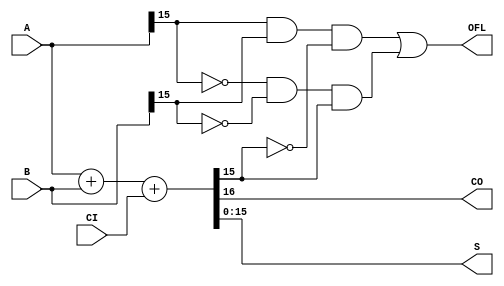
////////////////////////////////////////////////////////////////////////////////
// Copyright (c) 1995-2008 Xilinx, Inc.  All rights reserved.
////////////////////////////////////////////////////////////////////////////////
//   ____  ____ 
//  /   /\/   / 
// /___/  \  /    Vendor: Xilinx 
// \   \   \/     Version : 10.1.03
//  \   \         Application : sch2verilog
//  /   /         Filename : ADD48.vf
// /___/   /\     Timestamp : 03/20/2009 16:03:14
// \   \  /  \ 
//  \___\/\___\ 
//
//Command: C:\Xilinx\10.1\ISE\bin\nt\unwrapped\sch2verilog.exe -intstyle ise -family spartan3a -w F:/FPGA/AFG3000_0316_New/ADD48.sch ADD48.vf
//Design Name: ADD48
//Device: spartan3a
//Purpose:
//    This verilog netlist is translated from an ECS schematic.It can be 
//    synthesized and simulated, but it should not be modified. 
//
`timescale  100 ps / 10 ps

module ADD16_HXILINX_ADD48 (CO, OFL, S, A, B, CI);

   
   output 	       CO;
   output 	       OFL;
   output [15:0]       S;

   input  [15:0]       A;
   input  [15:0]       B;
   input               CI;


   assign   {CO, S} = A + B + CI;
   assign   OFL     = (A[15]&B[15]&(~S[15])) | ((~A[15])&(~B[15])&S[15]); 

endmodule
`timescale 1ns / 1ps

module ADD48(A, 
             B, 
             CI, 
             CO, 
             OFL, 
             S);

    input [47:0] A;
    input [47:0] B;
    input CI;
   output CO;
   output OFL;
   output [47:0] S;
   
   wire XLXN_11;
   wire XLXN_12;
   
   ADD16_HXILINX_ADD48 XLXI_1 (.A(A[15:0]), 
                               .B(B[15:0]), 
                               .CI(CI), 
                               .CO(XLXN_11), 
                               .OFL(), 
                               .S(S[15:0]));
   // synthesis attribute HU_SET of XLXI_1 is "XLXI_1_0"
   ADD16_HXILINX_ADD48 XLXI_2 (.A(A[31:16]), 
                               .B(B[31:16]), 
                               .CI(XLXN_11), 
                               .CO(XLXN_12), 
                               .OFL(), 
                               .S(S[31:16]));
   // synthesis attribute HU_SET of XLXI_2 is "XLXI_2_1"
   ADD16_HXILINX_ADD48 XLXI_3 (.A(A[47:32]), 
                               .B(B[47:32]), 
                               .CI(XLXN_12), 
                               .CO(CO), 
                               .OFL(OFL), 
                               .S(S[47:32]));
   // synthesis attribute HU_SET of XLXI_3 is "XLXI_3_2"
endmodule